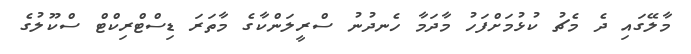
މާލޭގައި ދެ މެޗު ކުޅުމަށްފަހު މާދަމާ ހެނދުނު ސްރީލަންކާގެ މާތަރަ ޑިސްޓްރިކްޓް ސްކޫލުގެ